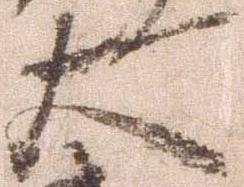
大